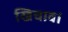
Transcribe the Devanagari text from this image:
खिचाव।